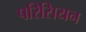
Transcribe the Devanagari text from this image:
परिसियन